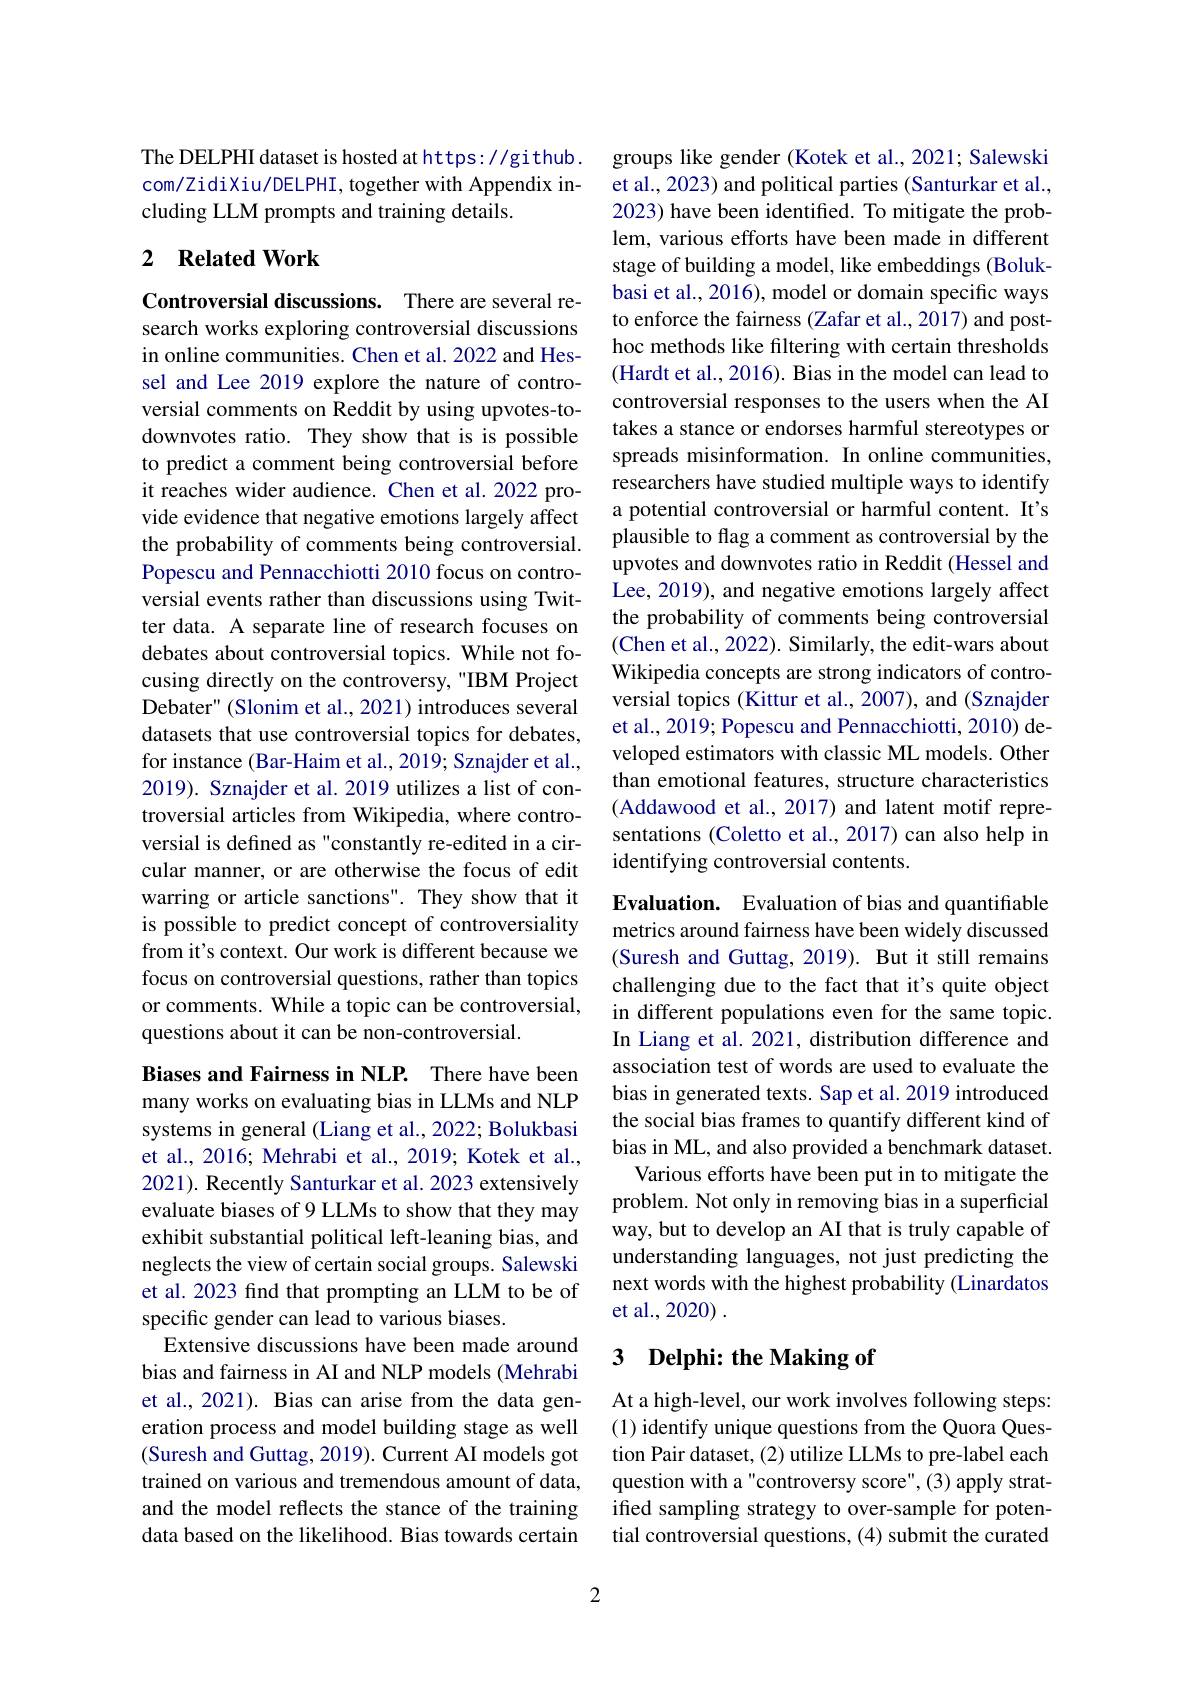
The DELPHI dataset is hosted at https: //github. com/ZidiXiu/DELPHI, together with Appendix including LLM prompts and training details.

## 2 $\textbf{Related Work}$

Controversial discussions. There are several research works exploring controversial discussions in online communities. Chen et al. 2022 and Hessel and Lee 2019 explore the nature of controversial comments on Reddit by using upvotes-todownvotes ratio. They show that is is possible to predict a comment being controversial before it reaches wider audience. Chen et al.2022 provide evidence that negative emotions largely affect the probability of comments being controversial. Popescu and Pennacchiotti 2010 focus on controversial events rather than discussions using Twitter data. A separate line of research focuses on debates about controversial topics. While not focusing directly on the controversy, "IBM Project Debater" (Slonim et al., 2021) introduces several datasets that use controversial topics for debates, for instance (Bar-Haim et al., 2019; Sznajder et al., 2019). Sznajder et al. 2019 utilizes a list of controversial articles from Wikipedia, where controversial is defined as "constantly re-edited in a circular manner, or are otherwise the focus of edit warring or article sanctions". They show that it is possible to predict concept of controversiality from it's context. Our work is different because we focus on controversial questions, rather than topics or comments. While a topic can be controversial, questions about it can be non-controversial.

Biases and Fairness in NLP. There have been many works on evaluating bias in LLMs and NLP systems in general (Liang et al., 2022; Bolukbasi et al., 2016; Mehrabi et al., 2019; Kotek et al., 2021). Recently Santurkar et al. 2023 extensively evaluate biases of 9 LLMs to show that they may exhibit substantial political left-leaning bias, and neglects the view of certain social groups. Salewski et al. 2023 find that prompting an LLM to be of specific gender can lead to various biases.
Extensive discussions have been made around bias and fairness in AI and NLP models (Mehrabi et al., 2021). Bias can arise from the data generation process and model building stage as well (Suresh and Guttag, 2019). Current AI models got trained on various and tremendous amount of data, and the model reflects the stance of the training data based on the likelihood. Bias towards certain

2

groups like gender (Kotek et al., 2021; Salewski et al., 2023) and political parties (Santurkar et al., 2023) have been identified. To mitigate the problem, various efforts have been made in different stage of building a model, like embeddings (Bolukbasi et al., 2016), model or domain specific ways to enforce the fairness (Zafar et al., 2017) and posthoc methods like filtering with certain thresholds (Hardt et al., 2016). Bias in the model can lead to controversial responses to the users when the AI takes a stance or endorses harmful stereotypes or spreads misinformation. In online communities, researchers have studied multiple ways to identify a potential controversial or harmful content. It's plausible to flag a comment as controversial by the upvotes and downvotes ratio in Reddit (Hessel and Lee, 2019), and negative emotions largely affect the probability of comments being controversial (Chen et al., 2022). Similarly, the edit-wars about Wikipedia concepts are strong indicators of controversial topics (Kittur et al., 2007), and (Sznajder et al., 2019; Popescu and Pennacchiotti, 2010) developed estimators with classic ML models. Other than emotional features, structure characteristics (Addawood et al., 2017) and latent motif representations (Coletto et al., 2017) can also help in identifying controversial contents.
Evaluation. Evaluation of bias and quantifiable

metrics around fairness have been widely discussed (Suresh and Guttag, 2019). But it still remains challenging due to the fact that it's quite object in different populations even for the same topic. In Liang et al. 2021, distribution difference and association test of words are used to evaluate the bias in generated texts. Sap et al. 2019 introduced the social bias frames to quantify different kind of bias in ML, and also provided a benchmark dataset.
Various efforts have been put in to mitigate the problem. Not only in removing bias in a superficial way, but to develop an AI that is truly capable of understanding languages, not just predicting the next words with the highest probability (Linardatos et al., 2020) .

# 3 Delphi: the Making of

At a high-level, our work involves following steps: (1) identify unique questions from the Quora Question Pair dataset, (2) utilize LLMs to pre-label each question with a "controversy score",(3) apply stratified sampling strategy to over-sample for potential controversial questions, (4) submit the curated